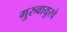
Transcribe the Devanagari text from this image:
गुरुवायुरचे